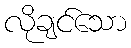
လိုချင်သော